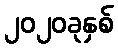
၂၀၂၀ခုနှစ်